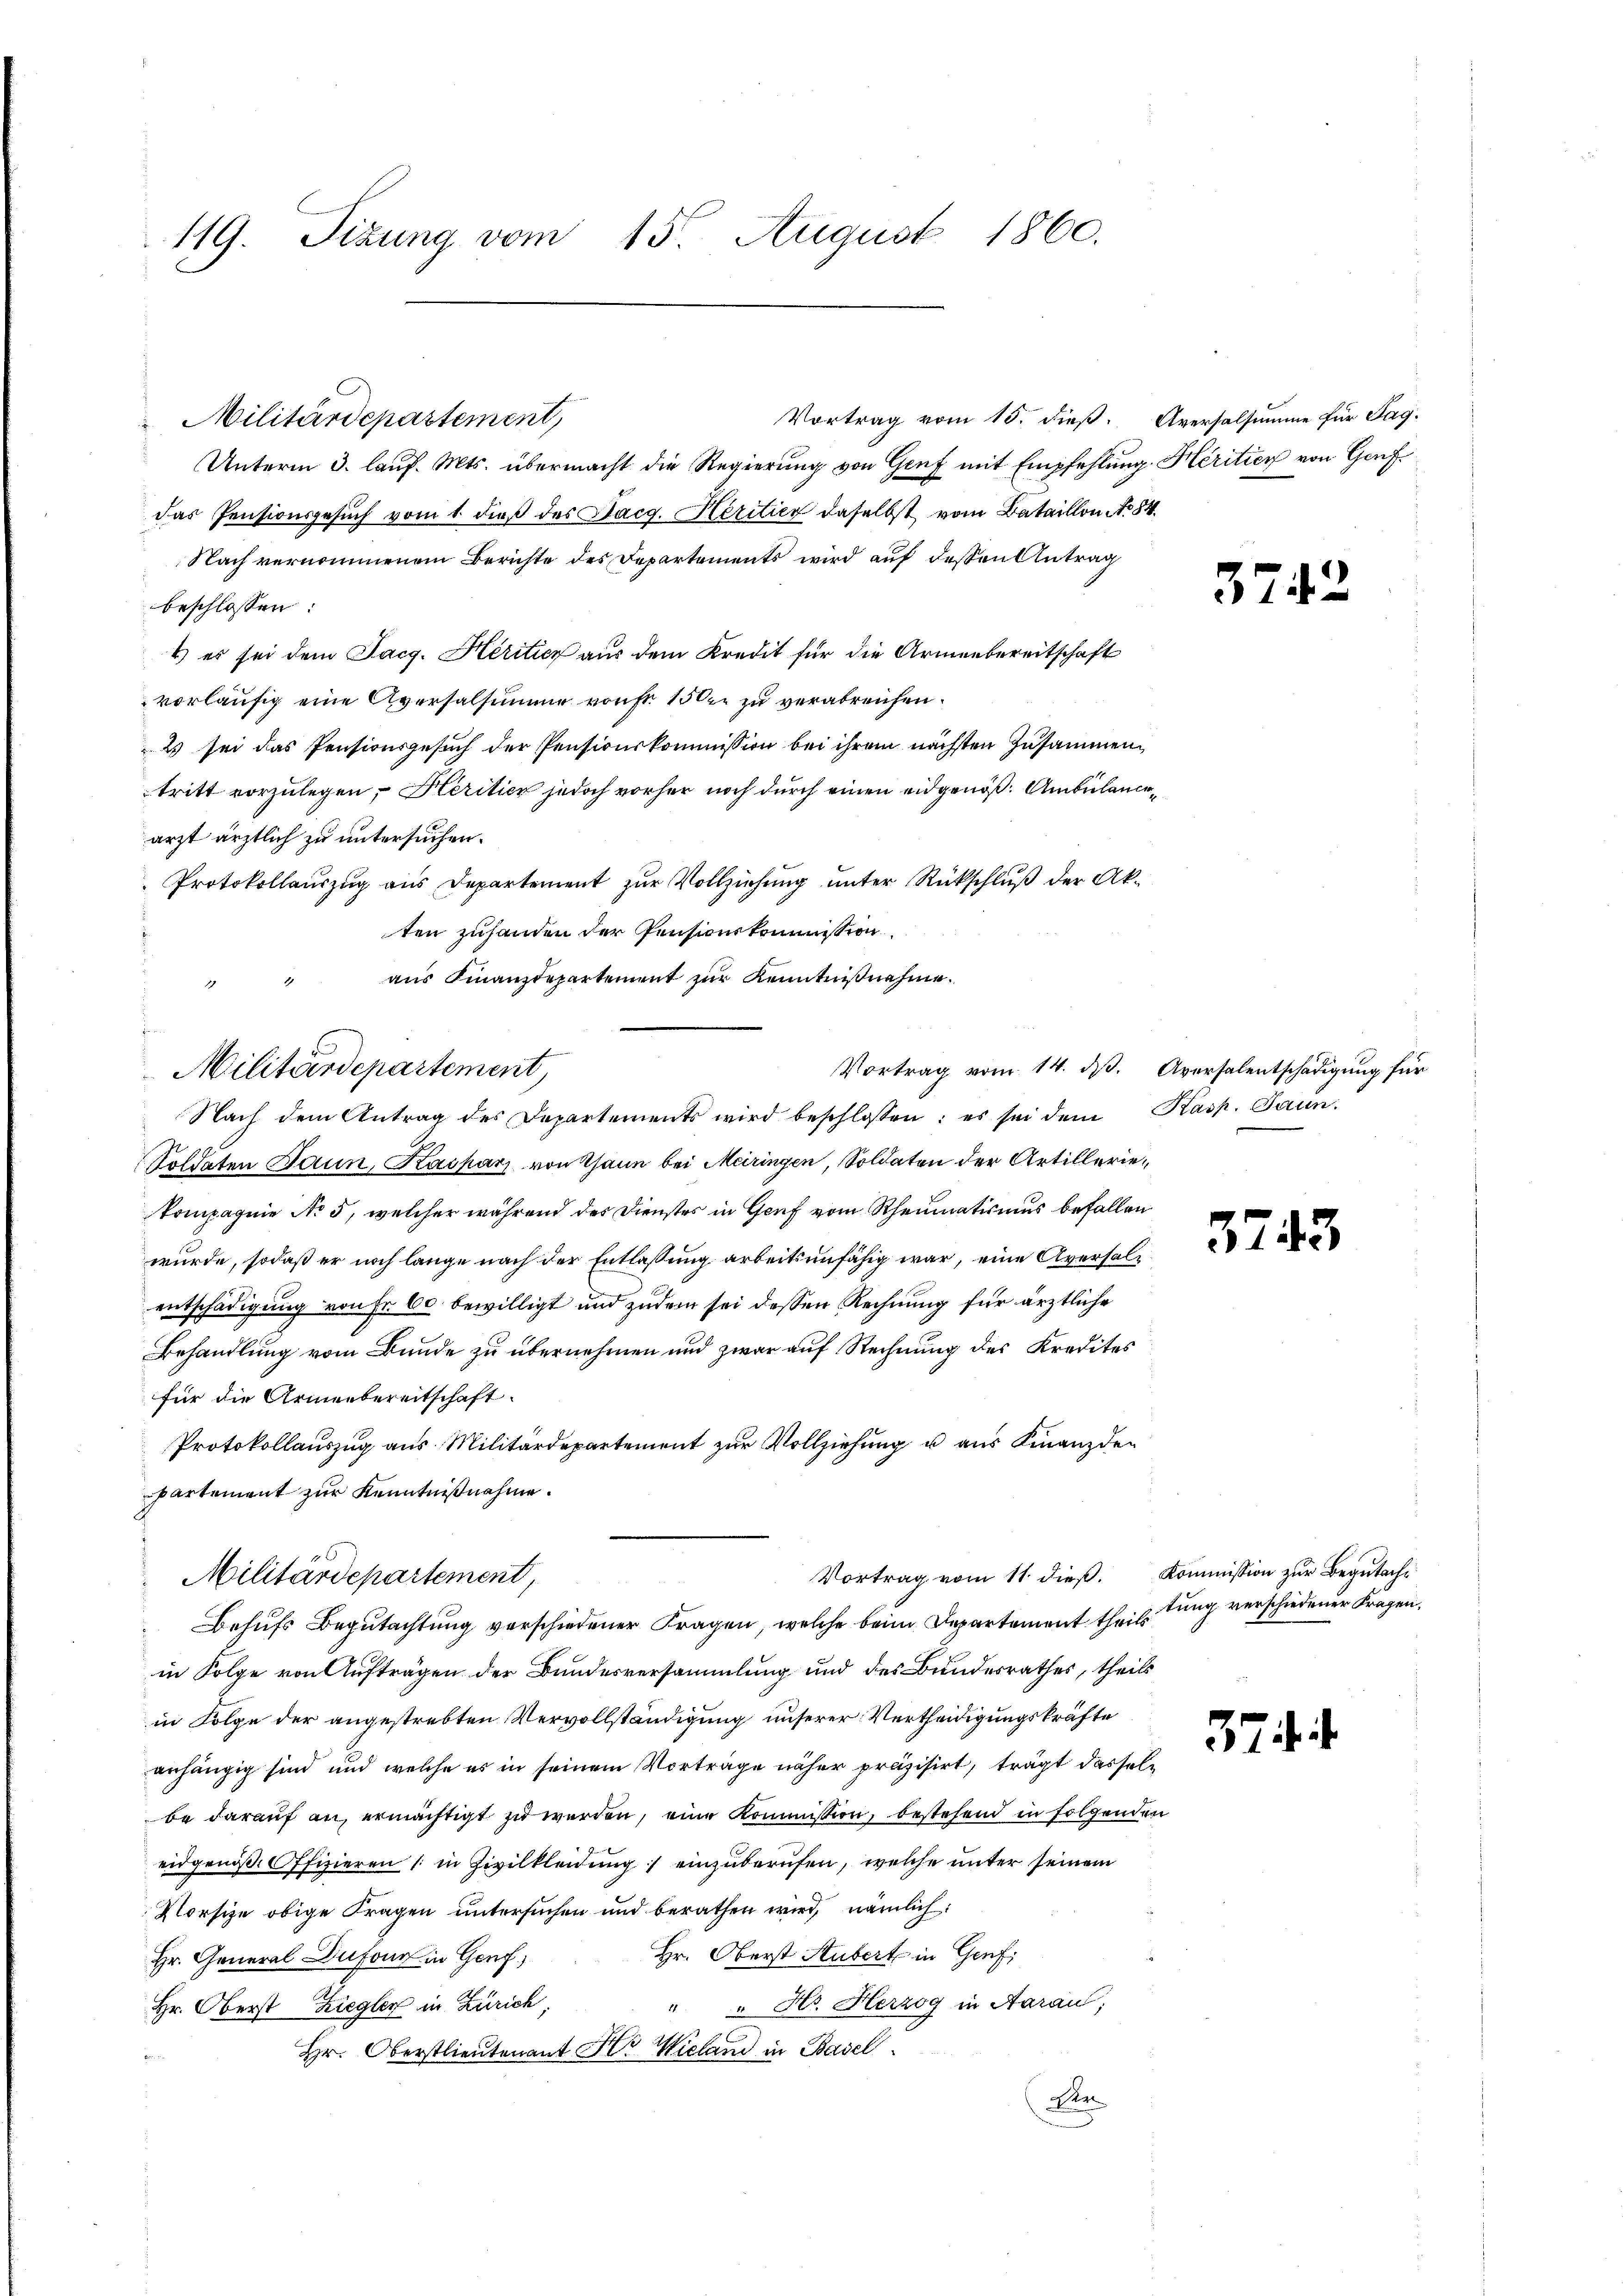
119. Sizung vom 15. August 1860.

Vortrag vom 15. dieß. Aversalsumme für Sag.
Unterm 3. laŭf. Mts. übermacht die Regierung von Genf mit Empfehlung. Héritier von Genf
das Pensionsgesŭch vom 1. dieß des Dacg. Heritier daselbst vom Bataillon No 84.
Nach vernommenem Berichte des Departements wird auf dessen Antrag
beschlossen:
4) es sei dem Jacg. Héritier aus dem Kredit für die Armenbereitschaft
vorläufig eine Aversalsumme von 15 die zu verabreichen.
2 sei das Pensionsgesuch der Pensionskommission bei ihrem nächsten zusammentritt vorzulegen, Heritier jedoch vorher noch durch einen eidgenöß Ambülancearzt ärztlich zu untersuchen.
Protokollauszug aus Departement zur Vollziehung unter Rückschluß der Akten zuhanden der Pensionskommission
" " aŭs Finanzdepartement zŭr Kenntniβnahme.
.
Nach dem Antrag des Departements wird beschlossen: es sei dem Kasp. Jaun.
Soldaten Bann, Kaspar von Thann bei Meiringen, Soldaten der Artilleriekompagnie No 5, welcher während des Dienstes in Genf vom Rheumatismus befallen
wurde, sodaß er noch lange nach der Entlassung arbeitsunfähig war, eine Aversalentschädigung von Fr. 60 bewilligt und zudem sei dessen Rechnung für ärztliche
Behandlung vom Bunde zu übernehmen und zwar auf Rechnung des Kredites
für die Armenbereitschaft.
Protokollauszug aus Militärdepartement zur Vollziehung u aus Finanzde
partement zur Kenntnißnahme.
Vortrag vom 11. dieß. Kommission zur Begutach¬
Militärdepartement,
Behufs Begutachtung verschiedener Fragen, welche beim Departement theils
in Folge von Aufträgen der Bundesversammlung und des Bundesrathes, theils
in Folge der angestrebten Vervollständigung unserer Vertheidigungskräfte
anhängig sind und welche es in seinem Vorträge näher präzisirt, trägt dasselbe darauf an, ermächtigt zu werden, eine Kommission, bestehend in folgenden
eidgenöß. Offizieren (in Zivilkleidung / einzuberufen, welche unter seinem
Vorsize obige Fragen untersuchen und berathen wird, nämlich
Hr. Oberst Hubert in Genf
Hr. General Dufour in Genf,
" " Hr. Herzog in Aarau,
Hr. Oberst Ziegler in Zürich,
Hr. Oberstlieutenant Hr. Wieland in Basel
den

Militärdepartement,

Militärdepartement,

Vortrag vom 14. ds. Aversalentschädigung für

3742

3743

tung verschiedener Fragen,

37.